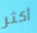
أكثر